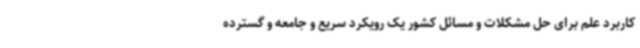
کاربرد علم برای حل مشکلات و مسائل کشور یک رویکرد سریع و جامعه و گسترده